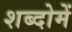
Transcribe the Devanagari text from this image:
शब्दोमें